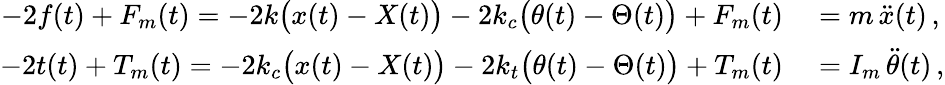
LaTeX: \begin{array}{rl}{-2f(t)+F_{m}(t)=-2k\big(x(t)-X(t)\big)-2k_{c}\big(\theta(t)-\Theta(t)\big)+F_{m}(t)}&{{}=m\, \ddot{x}(t)\, ,}\\ {-2t(t)+T_{m}(t)=-2k_{c}\big(x(t)-X(t)\big)-2k_{t}\big(\theta(t)-\Theta(t)\big)+T_{m}(t)}&{{}=I_{m}\, \ddot{\theta}(t)\, ,}\end{array}